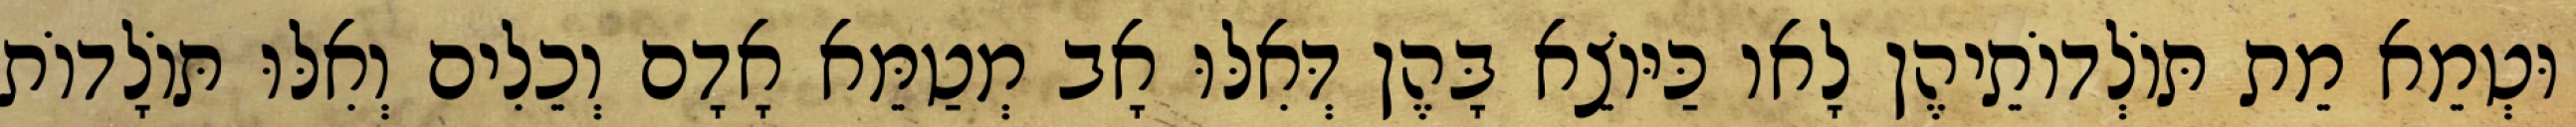
וּטְמֵא מֵת תּוֹלְדוֹתֵיהֶן לָאו כַּיּוֹצֵא בָּהֶן דְּאִלּוּ אָב מְטַמֵּא אָדָם וְכֵלִים וְאִלּוּ תּוֹלָדוֹת